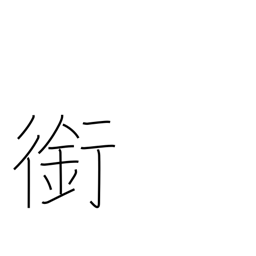
Meaning: horse's bit